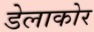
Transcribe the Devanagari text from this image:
डेलाकोर